Vaccine operations Central Provinces 1886-1899 - 1886-1899
Year: 1886
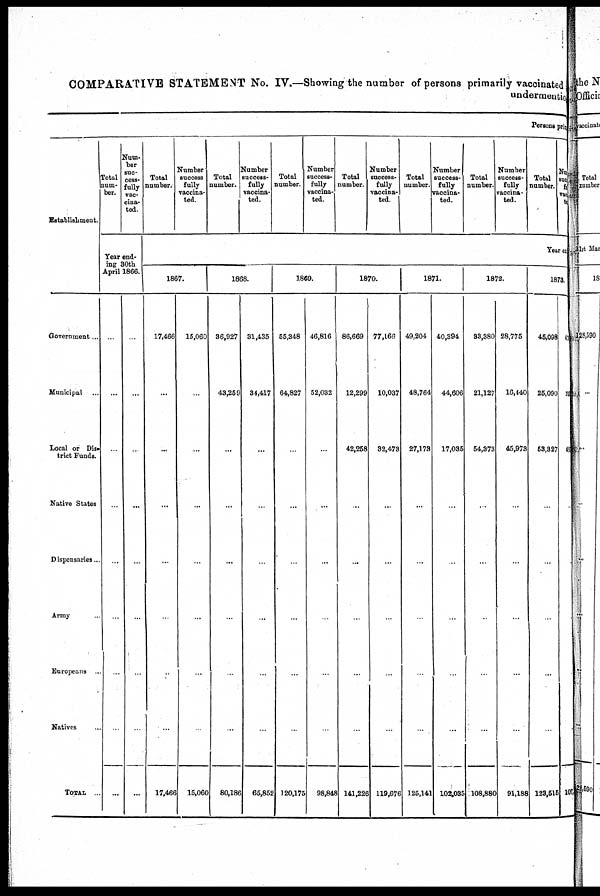
COMPARATIVE STATEMENT No. IV.—Showing the number of persons primarily vaccinated
undermention
Persons prim
Establishment.
Government...
Municipal ...
Local or Dis¬
trict Funds.
Native States
Dispensaries...
Army ...
Europeans ...
Natives ...
TOTAL ...
Total
num-
ber.
Num-
ber
suc-
cess-
fully
vac-
cina-
ted.
Year end-
ing 30th
April 1866.
...
...
...
...
...
...
...
...
...
...
...
...
...
...
...
...
...
...
Total
number.
Number
success
fully
vaccina-
ted.
Total
number.
Number
success-
fully
vaccina-
ted.
Total
number.
Number
success-
fully
vaccina-
ted.
Total
number.
Number
success-
fully
vaccina¬
ted.
Total
number.
Number
success-
fully
vaccina-
ted.
Total
number.
Number
success-
fully
vaccina-
ted.
Total
number.
Number
Success¬
fully
vaccina¬
ted
Year en
1867.
17,466
...
...
...
...
...
...
...
17,466
15,060
...
...
...
...
...
...
...
15,060
1868.
36,927
43,259
...
...
...
...
...
...
80,186
31,435
34,417
...
...
...
...
...
...
65,852
1869.
55,348
64,827
...
...
...
...
...
...
120,175
46,816
52,032
...
...
...
...
...
...
98,848
1870.
86,669
12,299
42,258
...
...
...
...
...
141,226
77,166
10,037
32,473
...
...
...
...
...
119,676
1871.
49,204
48,764
27,173
...
...
...
...
...
125,141
40,394
44,606
17,035
...
...
...
...
...
103,035
1872.
33,380
21,127
54,378
...
...
...
...
...
108,880
28,775
16,440
45,973
...
...
...
...
...
91,188
1873.
45,098
25,090
53,827
...
...
...
...
...
123,515
4,
25
41
...
...
...
...
...
107